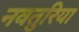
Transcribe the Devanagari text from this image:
नवतुरिया